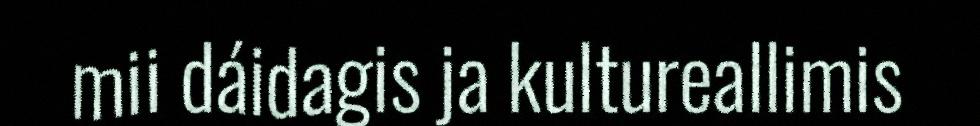
mii dáidagis ja kultureallimis